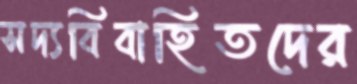
সদ্যবিবাহিতদের